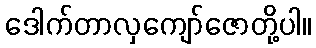
ဒေါက်တာလှကျော်ဇောတို့ပါ။